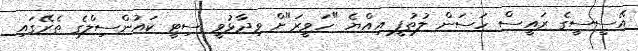
އޭސީސީގެ ރައީސް ހަސަން ލުތުފީ އިއްޔެ "ހަވީރަ"ށް ވިދާޅުވީ ސިޓީ ކައުންސިލްގެ ތެރޭގައި